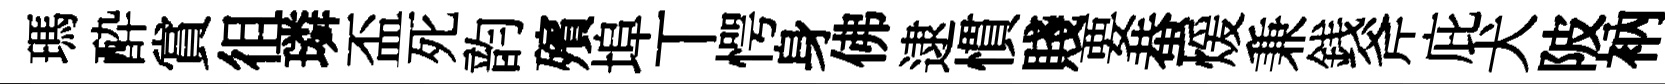
瑪酔賞徂璘盃死韵殯埠丅愕身佛逮慣賤要蛬煖兼銭斧庇犬陂衲